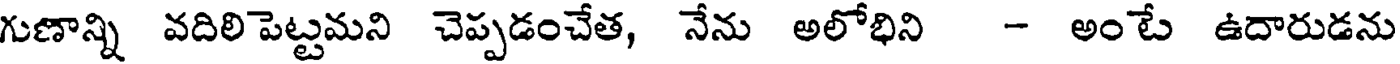
గుణాన్ని వదిలిపెట్టమని చెప్పడంచేత, నేను అలోభిని - అంటే ఉదారుడను